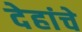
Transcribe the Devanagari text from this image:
देहांचे